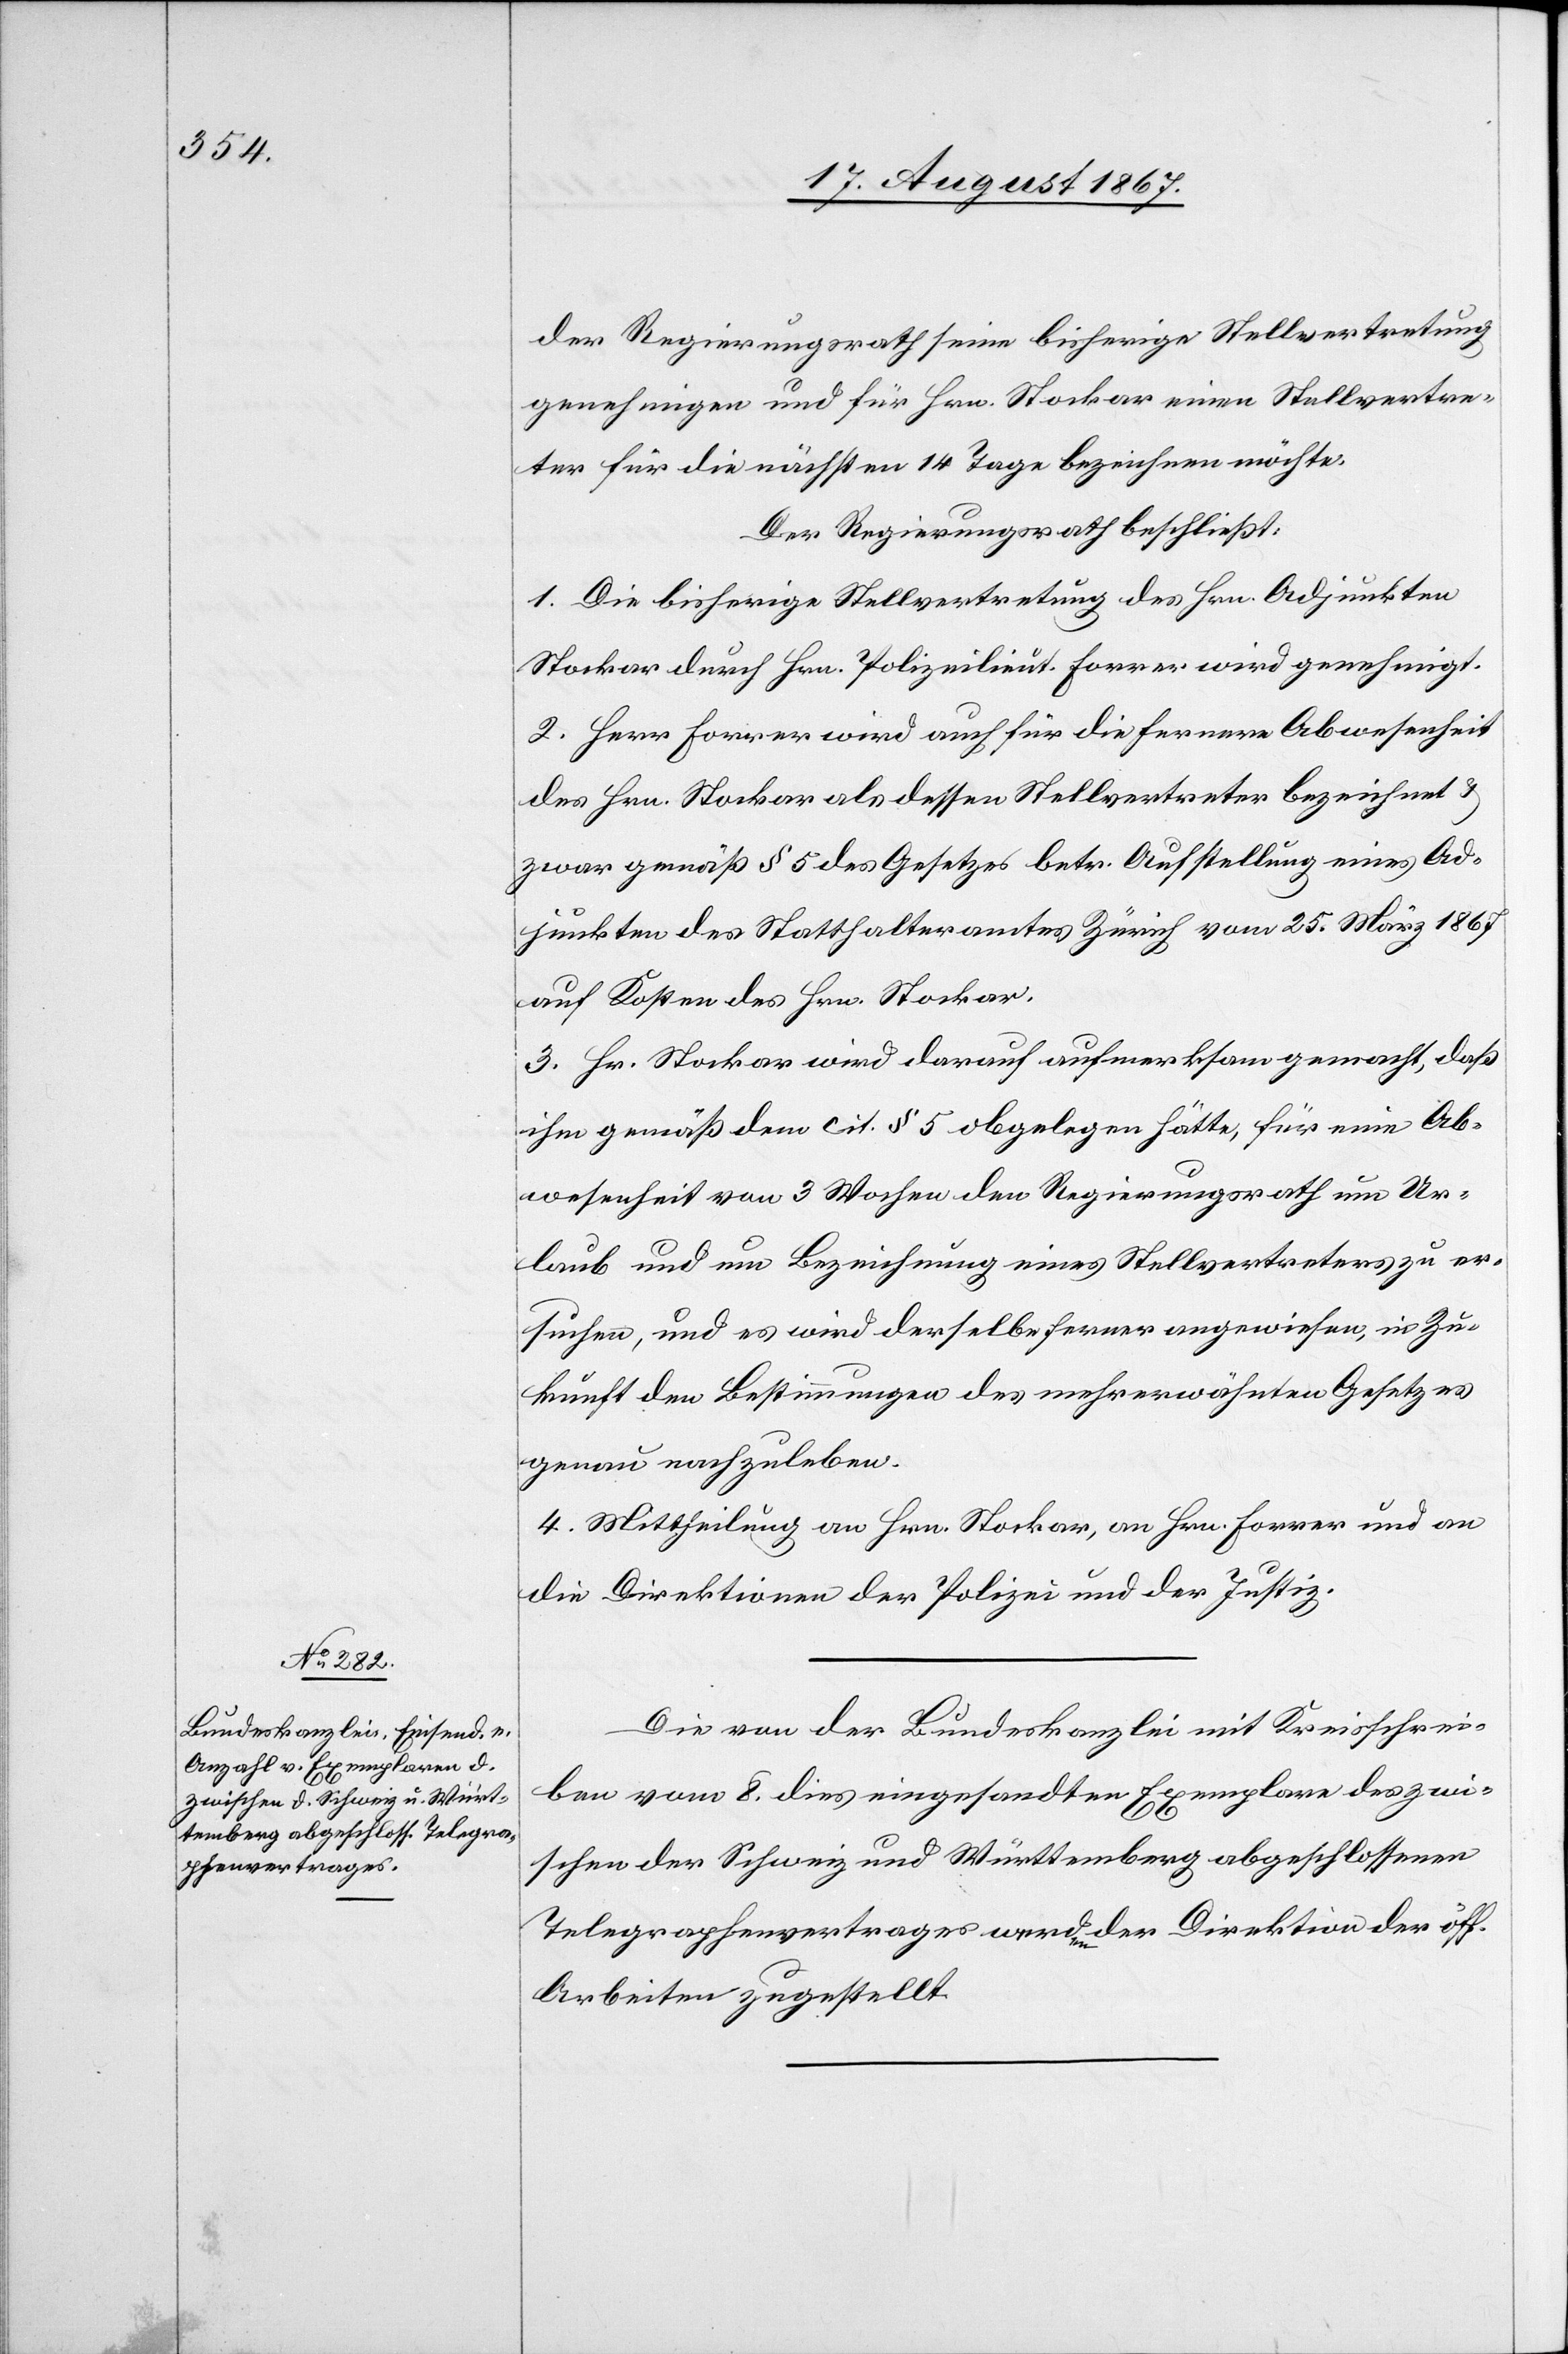
der Regierungsrath seine bisherige Stellvertretung
genehmigen und für Hrn. Stocker einen Stellvertre¬
ter für die nächsten 14 Tage bezeichnen möchte.
Der Regierungsrath beschließt:
1. Die bisherige Stellvertretung des Hrn. Adjunkten
Stocker durch Hrn. Polizeilieut. Forrer wird genehmigt.
2. Herr Forrer wird auch für die fernere Abwesenheit
des Hrn. Stocker als dessen Stellvertreter bezeichnet
zwar gemäß § 5 des Gesetzes betr. Aufstellung eines Ad¬
junkten des Statthalteramtes Zürich vom 25. März 1867
auf Kosten des Hrn. Stocker.
3. Hr. Stocker wird darauf aufmerksam gemacht, daß
ihm gemäß dem cit. § 5 obgelegen hätte, für eine Ab¬
wesenheit von 3 Wochen den Regierungsrath um Ur¬
laub und um Bezeichnung eines Stellvertreters zu er¬
suchen, und es wird derselbe ferner angewiesen, in Zu¬
kunft den Bestimmungen des mehrerwähnten Gesetzes
genau nachzuleben.
4. Mittheilung an Hrn. Stocker, an Hrn. Forrer und an
die Direktionen der Polizei und der Justiz.
Die von der Bundeskanzlei mit Kreisschrei¬
ben vom 8. dies eingesandten Exemplare des zwi¬
schen der Schweiz und Württemberg abgeschlossenen
Telegraphenvertrages werden der Direktion der öff.
Arbeiten zugestellt.